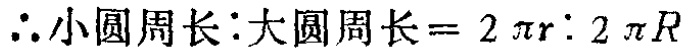
\(\therefore 小圆周长: 大圆周长 = 2\pi r:2\pi R\)